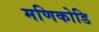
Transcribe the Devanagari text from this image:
मणिकोडि